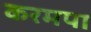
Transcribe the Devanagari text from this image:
करमपा